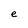
Character: e